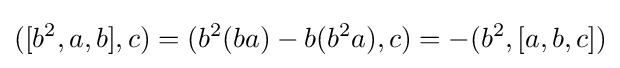
\displaystyle {([b^{2},a,b],c)=(b^{2}(ba)-b(b^{2}a),c)=-(b^{2},[a,b,c])}